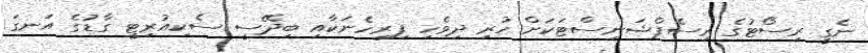
ނެގީ ރިސޯޓުގެ ރިސެޕްޝަނިސްޓަކަށް ހުރި ދިވެހި ފިރިހެނަކާއި ބިދޭސީ ސެކިއުރިޓީ ގާޑުގެ އަނގަ